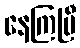
နေကြပြီ